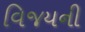
વિજયની